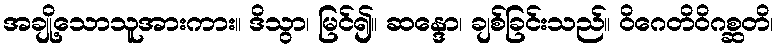
အချို့သောသူအားကား။ ဒိသွာ၊ မြင်၍။ ဆန္ဒော၊ ချစ်ခြင်းသည်။ ဝိဂေတိဝိဂစ္ဆတိ၊